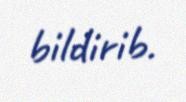
bildirib.